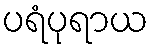
ပရံပုရာယ